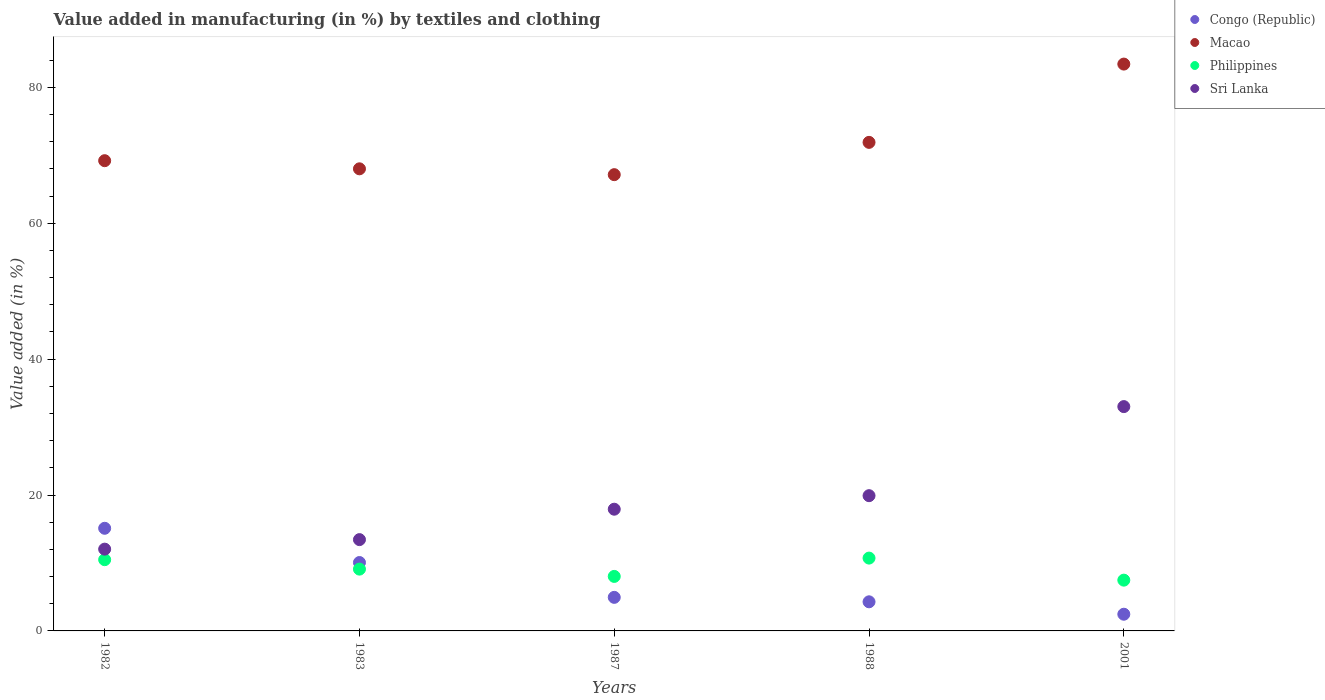
| Years | Congo (Republic) | Macao | Philippines | Sri Lanka |
 | --- | --- | --- | --- | --- |
 | 1982 | 15.1 | 69.2 | 10.5 | 12 |
 | 1983 | 10.1 | 68 | 9.1 | 13.4 |
 | 1987 | 4.94 | 67.2 | 8.02 | 17.9 |
 | 1988 | 4.28 | 71.9 | 10.7 | 19.9 |
 | 2001 | 2.46 | 83.4 | 7.47 | 33 |